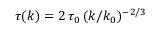
\tau ( k ) = 2 \, \tau _ { 0 } \, ( k / k _ { 0 } ) ^ { - 2 / 3 }